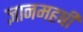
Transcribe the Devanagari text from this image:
ज्ञानमहर्षी